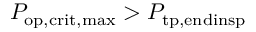
P _ { \mathrm { o p , c r i t , m a x } } > P _ { \mathrm { t p , e n d i n s p } }